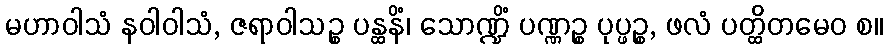
မဟာဝါသံ နဝါဝါသံ, ဇရာဝါသဉ္စ ပန္ထနိံ၊ သောဏ္ဍိံ ပဏ္ဏဉ္စ ပုပ္ဖဉ္စ, ဖလံ ပတ္ထိတမေဝ စ။